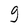
Character: g